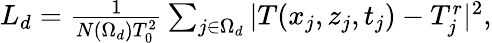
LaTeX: \begin{array}{r}{L_{d}=\frac{1}{N(\Omega_{d})T_{0}^{2}}\sum_{j\in\Omega_{d}}\vert T(x_{j},z_{j},t_{j})-T_{j}^{r}\vert^{2},}\end{array}